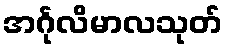
အင်္ဂုလိမာလသုတ်